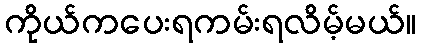
ကိုယ်ကပေးရကမ်းရလိမ့်မယ်။